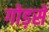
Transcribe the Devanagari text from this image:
गोड़से